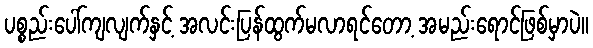
ပစ္စည်းပေါ်ကျလျက်နှင့် အလင်းပြန်ထွက်မလာရင်တော့ အမည်းရောင်ဖြစ်မှာပဲ။